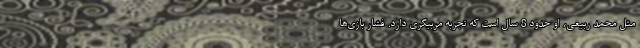
مثل محمد ربیعی، او حدود 8 سال است که تجربه مربیگری دارد. فشار بازی‌ها